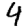
Digit: 4